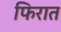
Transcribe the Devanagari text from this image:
फिरात